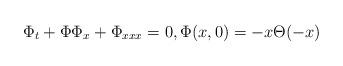
LaTeX: \begin{align*} \Phi_t+\Phi\Phi_x+\Phi_{xxx}=0, \Phi(x,0)=-x\Theta(-x)\end{align*}